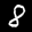
Label: 8